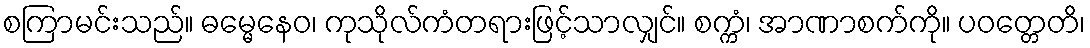
စကြာမင်းသည်။ ဓမ္မေနေဝ၊ ကုသိုလ်ကံတရားဖြင့်သာလျှင်။ စက္ကံ၊ အာဏာစက်ကို။ ပဝတ္တေတိ၊